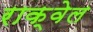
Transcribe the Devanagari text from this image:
राक्वेल